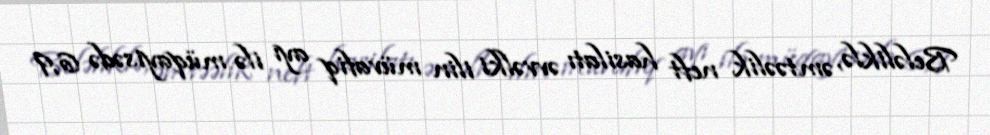
Beləliklə, əmtəəlik neft hasilatı əvvəlki ilin müvafiq ayı ilə müqayisədə 6,9